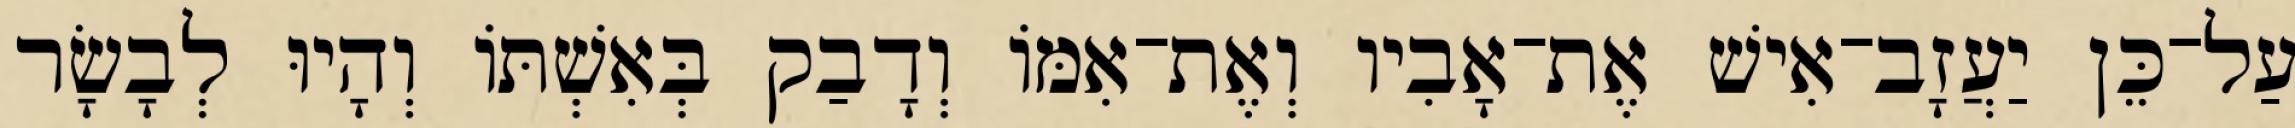
עַל־כֵּן יַעֲזָב־אִישׁ אֶת־אָבִיו וְאֶת־אִמֹּו וְדָבַק בְּאִשְׁתֹּו וְהָיוּ לְבָשָׂר